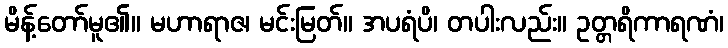
မိန့်တော်မူ၏။ မဟာရာဇ၊ မင်းမြတ်။ အပရံပိ၊ တပါးလည်း။ ဥတ္တရိကာရဏံ၊